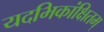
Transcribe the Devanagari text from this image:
यदभिकांक्षितम्